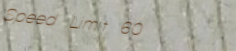
Speed Limit 60